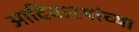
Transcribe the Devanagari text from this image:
आदिवाश्यांच्या